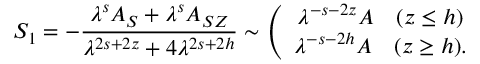
S _ { 1 } = - \frac { \lambda ^ { s } A _ { S } + \lambda ^ { s } A _ { S Z } } { \lambda ^ { 2 s + 2 z } + 4 \lambda ^ { 2 s + 2 h } } \sim \left( \begin{array} { c } { { \lambda ^ { - s - 2 z } A \quad ( z \leq h ) } } \\ { { \lambda ^ { - s - 2 h } A \quad ( z \geq h ) . } } \end{array} \right.